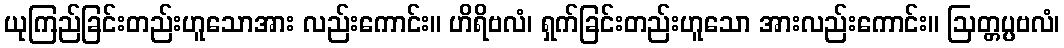
ယုကြည်ခြင်းတည်းဟူသောအား လည်းကောင်း။ ဟိရိဗလံ၊ ရှက်ခြင်းတည်းဟူသော အားလည်းကောင်း။ ဩတ္တပ္ပဗလံ၊